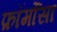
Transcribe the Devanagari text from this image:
फ़ॉर्मोसा